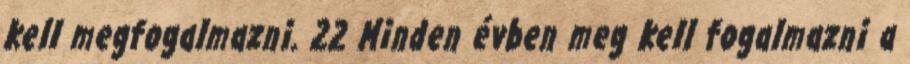
kell megfogalmazni. 22 Minden évben meg kell fogalmazni a